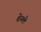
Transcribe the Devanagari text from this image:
शेनले